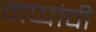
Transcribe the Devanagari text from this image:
गप्पांची